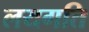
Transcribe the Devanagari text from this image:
लयगति